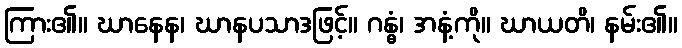
ကြား၏။ ဃာနေန၊ ဃာနပသာဒဖြင့်။ ဂန္ဓံ၊ အနံ့ကို။ ဃာယတိ၊ နမ်း၏။